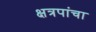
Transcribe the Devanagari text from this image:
क्षत्रपांचा